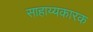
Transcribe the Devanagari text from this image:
साहाय्यकारक